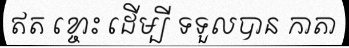
ឥត ខ្ចោះ ដើម្បី ទទួលបាន កាតា